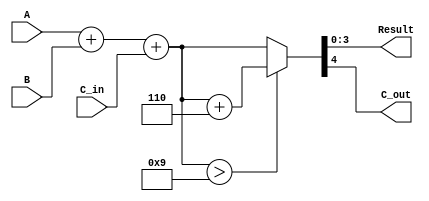
module bcd_adder (
    input  [3:0] A,       // BCD digit A
    input  [3:0] B,       // BCD digit B
    input        C_in,     // Carry input
    output [3:0] Result,   // BCD result
    output       C_out     // Carry output
);

    wire [4:0] sum;        // 5-bit sum to accommodate carry
    wire correction;        // Flag for correction
    wire [4:0] adjusted_sum; // Adjusted sum after correction

    // Binary addition of A, B and C_in
    assign sum = A + B + C_in;

    // Check if sum exceeds BCD range or there's a carry-out
    assign correction = (sum > 5'd9); // 5'd9 = 9 in decimal

    // Adjust the sum if necessary
    assign adjusted_sum = correction ? (sum + 5'd6) : sum;

    // Assign Result as the lower 4 bits of the adjusted sum
    assign Result = adjusted_sum[3:0];

    // Assign C_out as the carry-out from adjusted_sum
    assign C_out = adjusted_sum[4];

endmodule